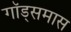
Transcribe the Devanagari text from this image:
गॉड्समास